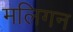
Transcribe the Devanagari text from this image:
मलिगन